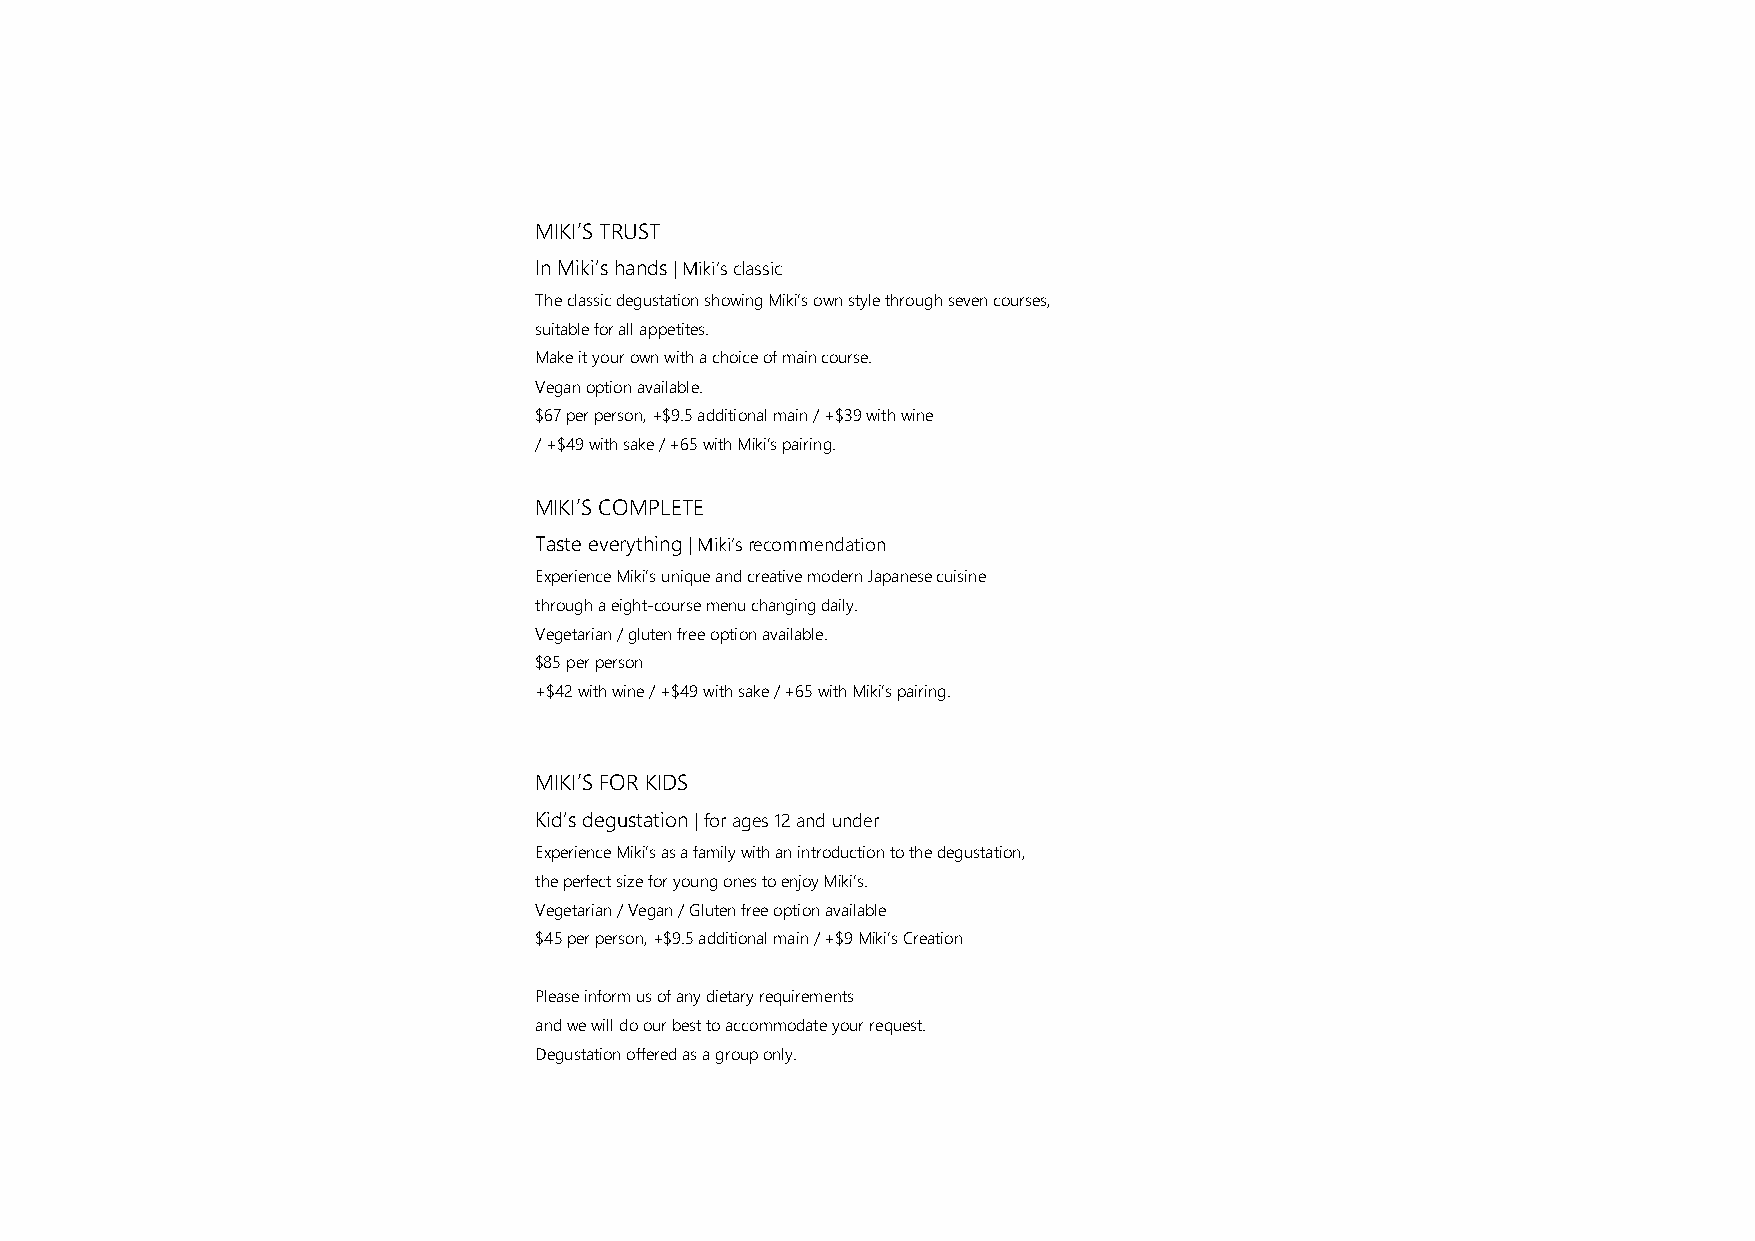
MIKI’S TRUST
 In Miki’s hands | Miki’s classic
 The classic degustation showing Miki’s own style through seven courses,
 suitable for all appetites.
 Make it your own with a choice of main course.
 Vegan option available.
 $67 per person, +$9.5 additional main / +$39 with wine
 / +$49 with sake / +65 with Miki’s pairing.
 MIKI’S COMPLETE
 Taste everything | Miki’s recommendation
 Experience Miki’s unique and creative modern Japanese cuisine
 through a eight-course menu changing daily.
 Vegetarian / gluten free option available.
 $85 per person
 +$42 with wine / +$49 with sake / +65 with Miki’s pairing.
 MIKI’S FOR KIDS
 Kid’s degustation | for ages 12 and under
 Experience Miki’s as a family with an introduction to the degustation,
 the perfect size for young ones to enjoy Miki’s.
 Vegetarian / Vegan / Gluten free option available
 $45 per person, +$9.5 additional main / +$9 Miki’s Creation
 Please inform us of any dietary requirements
 and we will do our best to accommodate your request.
 Degustation offered as a group only.